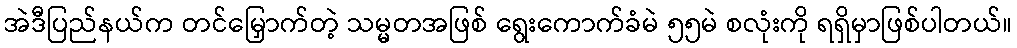
အဲဒီပြည်နယ်က တင်မြှောက်တဲ့ သမ္မတအဖြစ် ရွေးကောက်ခံမဲ ၅၅မဲ စလုံးကို ရရှိမှာဖြစ်ပါတယ်။